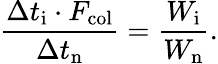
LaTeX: \frac{\Delta t_{\mathrm{i}}\cdot F_{\mathrm{col}}}{\Delta t_{\mathrm{n}}}=\frac{W_{\mathrm{i}}}{W_{\mathrm{n}}}.